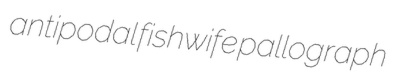
antipodal fishwife pallograph